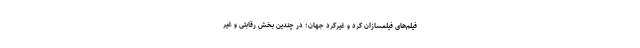
فيلم‌های فيلمسازان کُرد و غيرکُرد جهان؛ در چندین بخش رقابتی و غیر